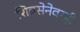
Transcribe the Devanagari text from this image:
शिवसेनेवरही